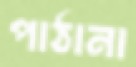
পাঠানা